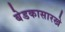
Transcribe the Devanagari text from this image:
बेडकासारखे